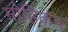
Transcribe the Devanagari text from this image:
मोहिकन